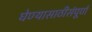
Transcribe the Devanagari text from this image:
घेण्यासाठीसंपूर्ण